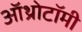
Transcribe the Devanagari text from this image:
ऑथ्रोटॉमी